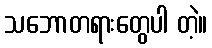
သဘောတရားတွေပါ တဲ့။